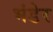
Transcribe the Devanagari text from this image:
भंडेर